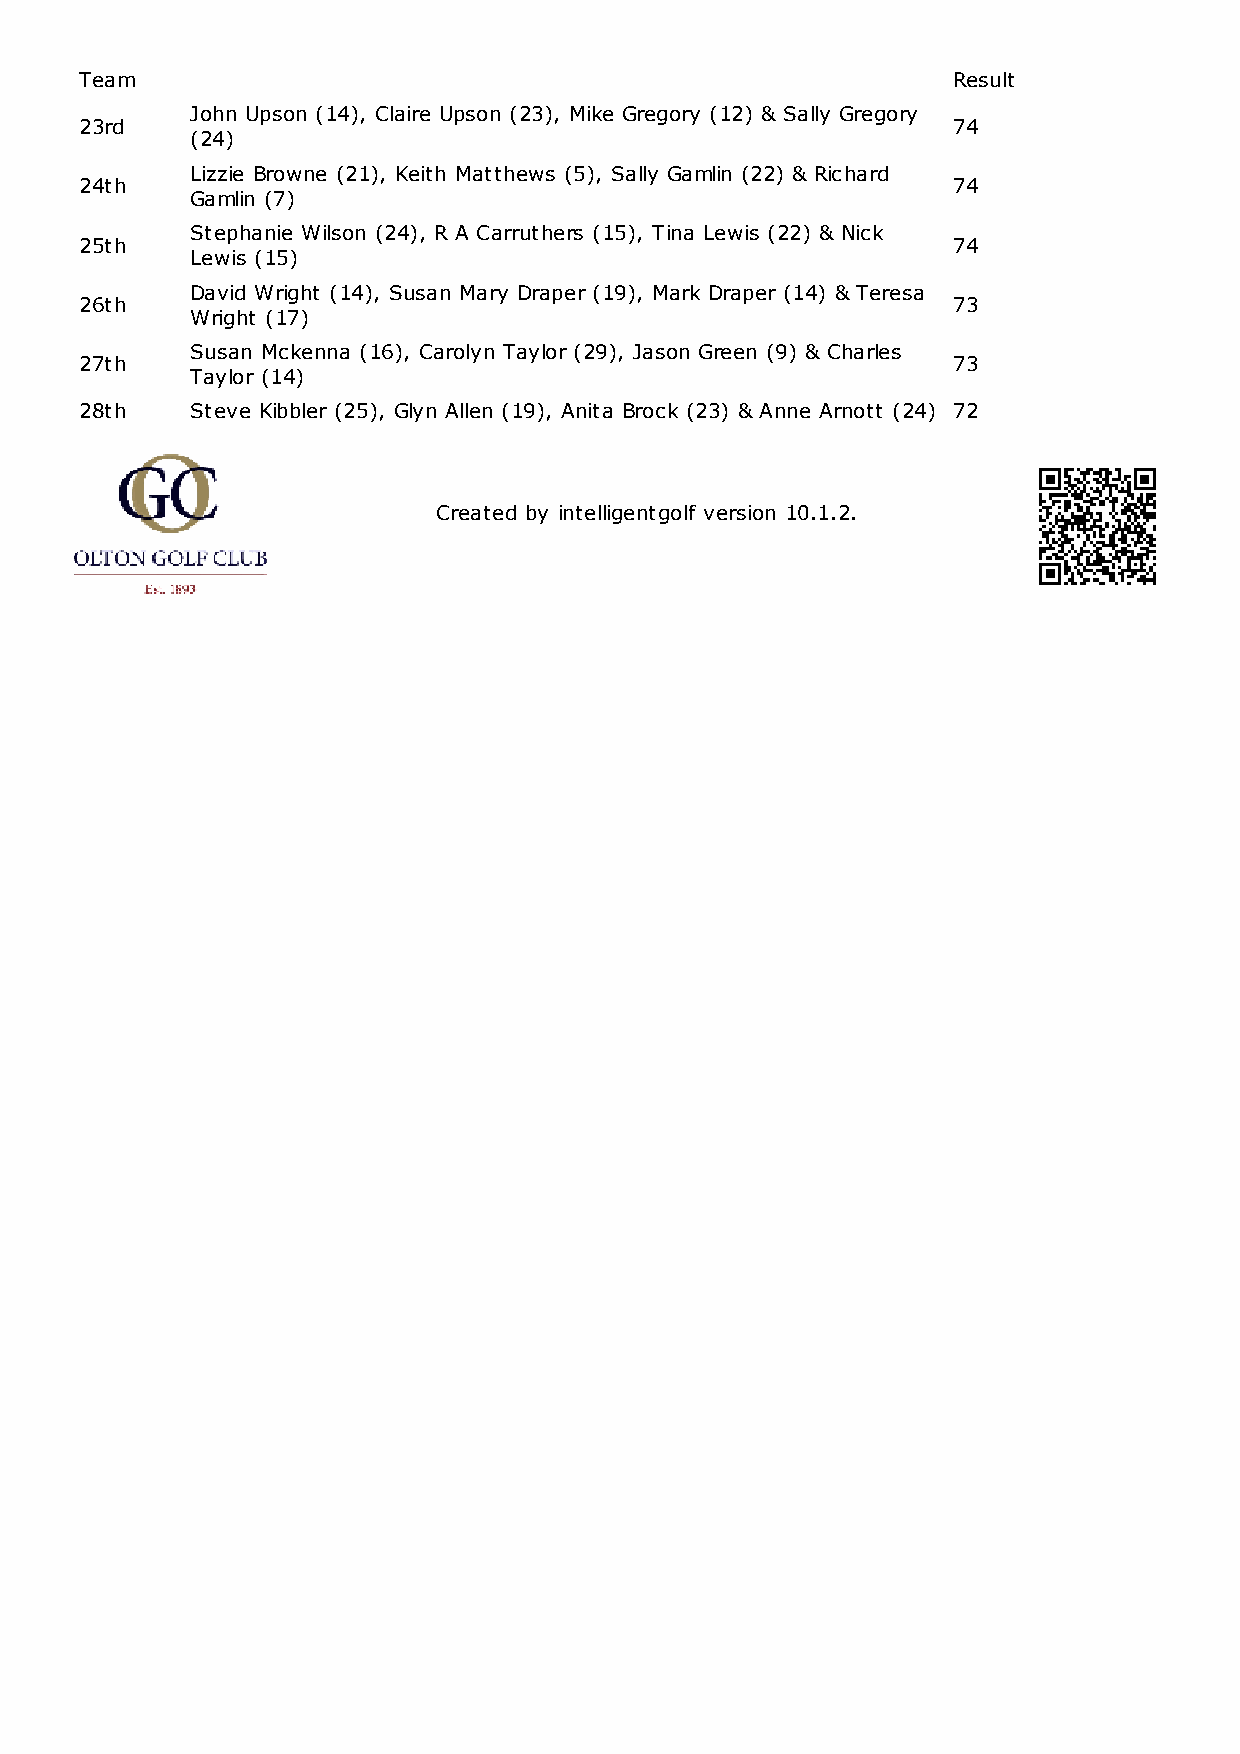
Team                                                      Result
 John Upson (14), Claire Upson (23), Mike Gregory (12) & Sally Gregory
 23rd                                                      74
 (24)
 Lizzie Browne (21), Keith Matthews (5), Sally Gamlin (22) & Richard
 24th                                                      74
 Gamlin (7)
 Stephanie Wilson (24), R A Carruthers (15), Tina Lewis (22) & Nick
 25th                                                      74
 Lewis (15)
 David Wright (14), Susan Mary Draper (19), Mark Draper (14) & Teresa
 26th                                                      73
 Wright (17)
 Susan Mckenna (16), Carolyn Taylor (29), Jason Green (9) & Charles
 27th                                                      73
 Taylor (14)
 28th    Steve Kibbler (25), Glyn Allen (19), Anita Brock (23) & Anne Arnott (24) 72
 Created by intelligentgolf version 10.1.2.